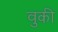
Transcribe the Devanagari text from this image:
वुकी